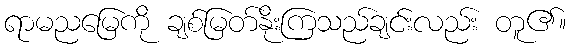
ရာမညမြေကို ချစ်မြတ်နိုးကြသည်ချင်းလည်း တူ၏။